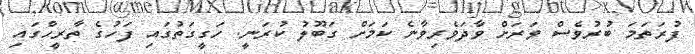
ފުރަތަމަ ބުރުވެސް ވަރަށް ވާދަވެރިވާނެ ކަމަށް ގަބޫލު ކުރަނީ. ހަގީގަތުގައި ފަހުގެ ތާރީހްގައި